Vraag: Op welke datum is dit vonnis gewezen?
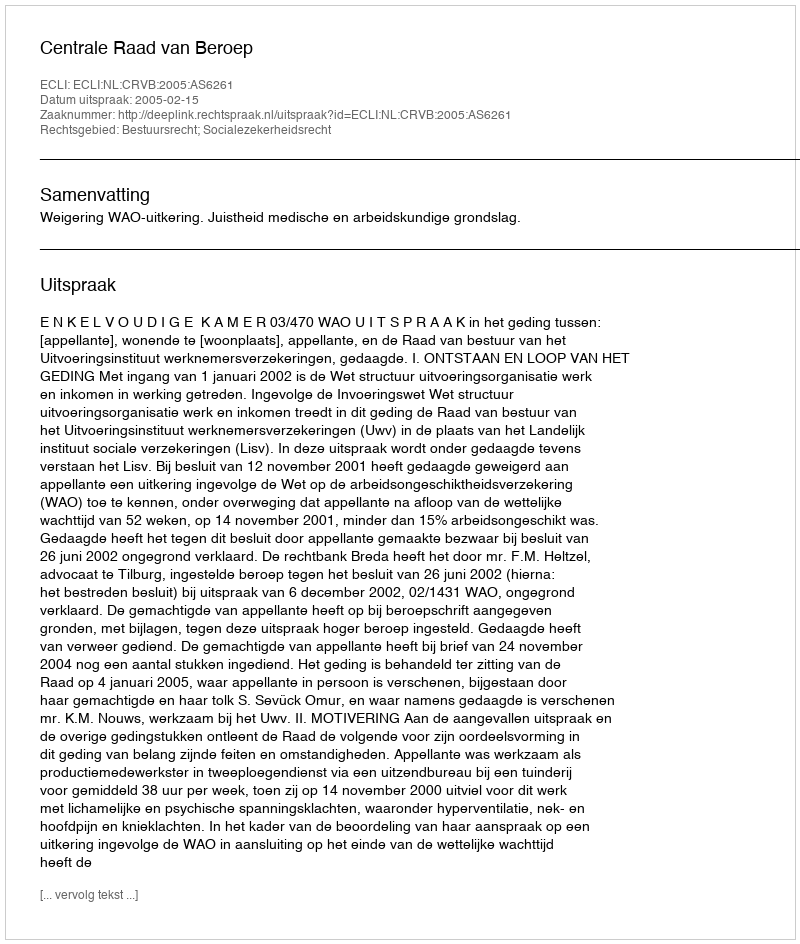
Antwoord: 2005-02-15